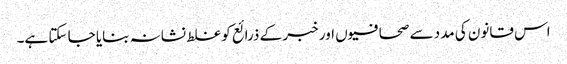
اس قانون کی مدد سے صحافیوں اور خبر کے ذرائع کو غلط نشانہ بنایا جا سکتا ہے۔